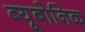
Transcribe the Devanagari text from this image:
ब्यूबोनिक